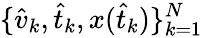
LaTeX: \{ \hat{v}_{k},\hat{t}_{k},x(\hat{t}_{k})\} _{k=1}^{N}